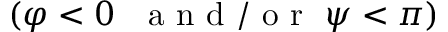
( \varphi < 0 ~ \mathrm { ~ \normalfont ~ a ~ n ~ d ~ / ~ o ~ r ~ } ~ \psi < \pi )